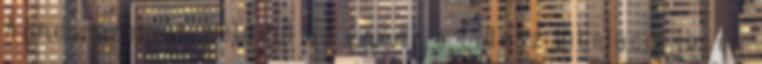
Ágnes szerint például az egész a Fidesz kitalációja, és